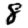
Digit: 8